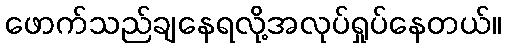
ဖောက်သည်ချနေရလို့အလုပ်ရှုပ်နေတယ်။